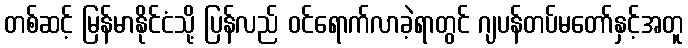
တစ်ဆင့် မြန်မာနိုင်ငံသို့ ပြန်လည် ဝင်ရောက်လာခဲ့ရာတွင် ဂျပန်တပ်မတော်နှင့်အတူ